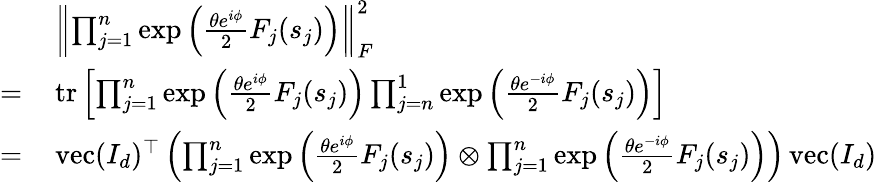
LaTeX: \begin{array}{rl}&{\left\lVert\prod_{j=1}^{n}\exp\left(\frac{\theta e^{i\phi}}{2}F_{j}(s_{j})\right)\right\rVert_{F}^{2}}\\ {=\, }&{\operatorname{tr}\left[\prod_{j=1}^{n}\exp\left(\frac{\theta e^{i\phi}}{2}F_{j}(s_{j})\right)\prod_{j=n}^{1}\exp\left(\frac{\theta e^{-i\phi}}{2}F_{j}(s_{j})\right)\right]}\\ {=\, }&{\operatorname{vec}(I_{d})^{\top}\left(\prod_{j=1}^{n}\exp\left(\frac{\theta e^{i\phi}}{2}F_{j}(s_{j})\right)\otimes\prod_{j=1}^{n}\exp\left(\frac{\theta e^{-i\phi}}{2}F_{j}(s_{j})\right)\right)\operatorname{vec}(I_{d})}\end{array}